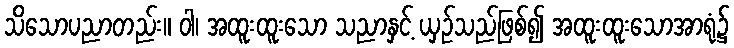
သိသောပညာတည်း။ ဝါ၊ အထူးထူးသော သညာနှင့် ယှဉ်သည်ဖြစ်၍ အထူးထူးသောအာရုံ၌